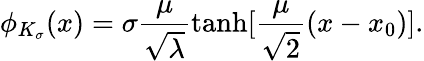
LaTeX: \phi_{K_{\sigma}}(x)=\sigma\frac{\mu}{\sqrt{\lambda}}\operatorname{tanh}[\frac{\mu}{\sqrt{2}}(x-x_{0})].